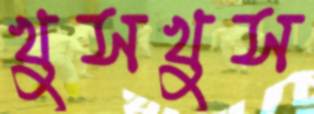
খুসখুস